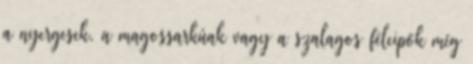
a nyergesek, a magossarkúak vagy a szalagos félcipők még